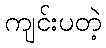
ကျင်းပတဲ့